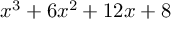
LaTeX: x ^ { 3 } + 6 x ^ { 2 } + 1 2 x + 8